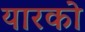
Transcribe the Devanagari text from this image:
यारको